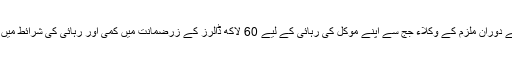
جمعہ کو ہونے والی سماعت کے دوران ملزم کے وکلاء جج سے اپنے موکل کی رہائی کے لیے 60 لاکھ ڈالرز کے زرِضمانت میں کمی اور رہائی کی شرائط میں نرمی کی درخواست کریں گے۔